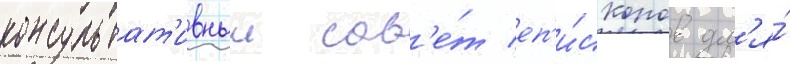
консультат'ивныи сов'е́т еп'и́скопов дл'я́